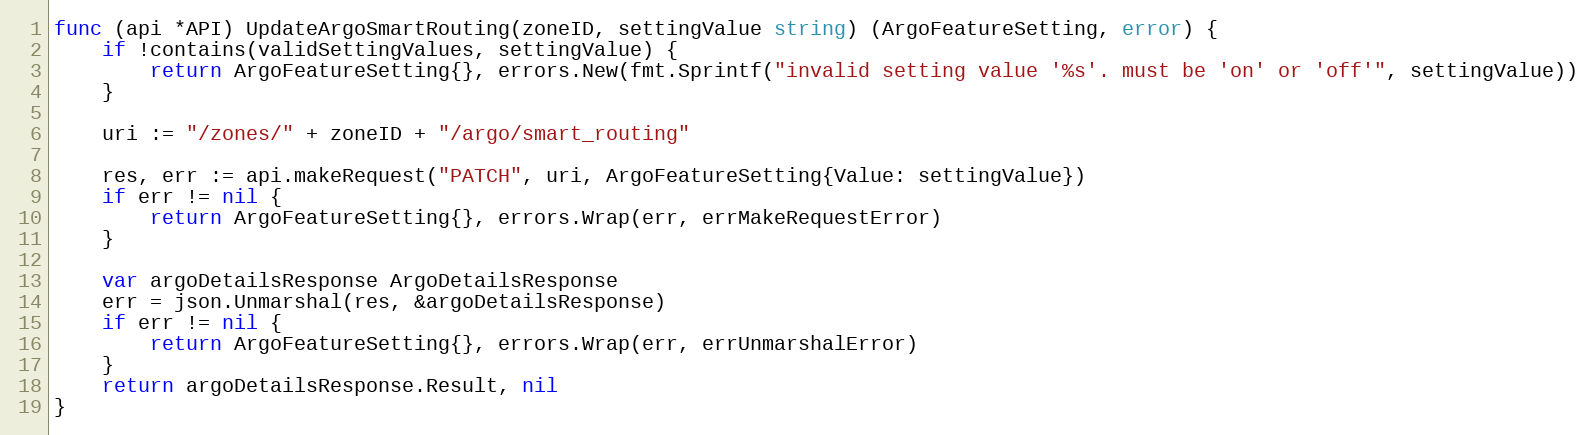
Language: Go
func (api *API) UpdateArgoSmartRouting(zoneID, settingValue string) (ArgoFeatureSetting, error) {
	if !contains(validSettingValues, settingValue) {
		return ArgoFeatureSetting{}, errors.New(fmt.Sprintf("invalid setting value '%s'. must be 'on' or 'off'", settingValue))
	}

	uri := "/zones/" + zoneID + "/argo/smart_routing"

	res, err := api.makeRequest("PATCH", uri, ArgoFeatureSetting{Value: settingValue})
	if err != nil {
		return ArgoFeatureSetting{}, errors.Wrap(err, errMakeRequestError)
	}

	var argoDetailsResponse ArgoDetailsResponse
	err = json.Unmarshal(res, &argoDetailsResponse)
	if err != nil {
		return ArgoFeatureSetting{}, errors.Wrap(err, errUnmarshalError)
	}
	return argoDetailsResponse.Result, nil
}